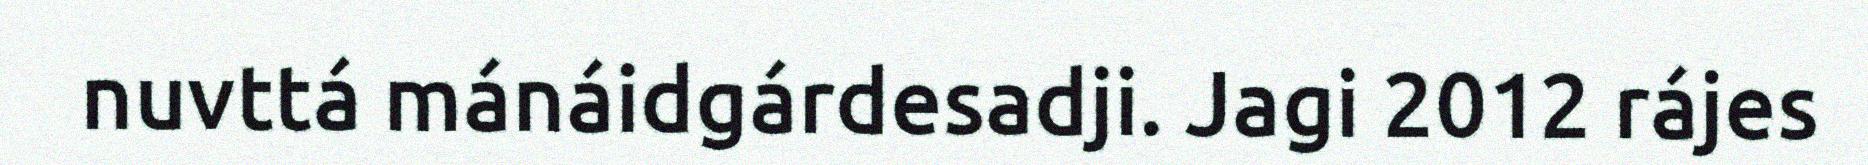
nuvttá mánáidgárdesadji. Jagi 2012 rájes